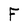
Character: F